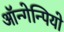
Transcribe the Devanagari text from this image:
ऑन्गेन्पियो